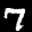
Label: 7